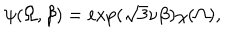
LaTeX: \psi ( \Omega , \beta ) = \mathrm { e x p } ( \sqrt { 3 } \nu \beta ) \chi ( \Omega ) ,